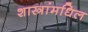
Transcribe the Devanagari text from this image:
शास्त्रांमधिल